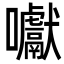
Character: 囐